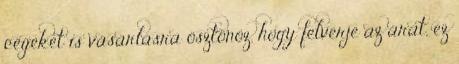
cégeket is vásárlásra ösztönöz, hogy felverje az árat, ez